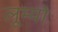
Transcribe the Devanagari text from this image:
लूम्योः